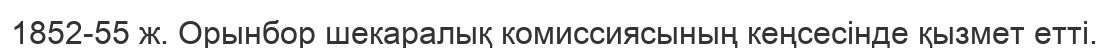
1852-55 ж. Орынбор шекаралық комиссиясының кеңсесінде қызмет етті.